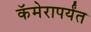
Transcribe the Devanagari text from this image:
कॅमेरापर्यंत